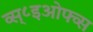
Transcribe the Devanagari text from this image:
व्स्८इओफ्व्स